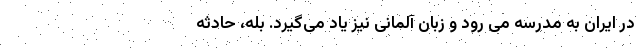
در ایران به مدرسه می رود و زبان آلمانی نیز یاد می‌گیرد. بله، حادثه